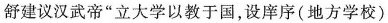
舒建议汉武帝”立大学以教于国，设庠序(地方学校)